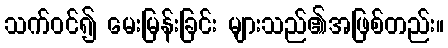
သက်ဝင်၍ မေးမြန်းခြင်း များသည်၏အဖြစ်တည်း။